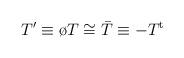
LaTeX: \begin{align*}T' \equiv \o T \cong \bar T \equiv - T^{\rm t}\end{align*}